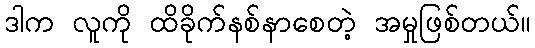
ဒါက လူကို ထိခိုက်နစ်နာစေတဲ့ အမှုဖြစ်တယ်။